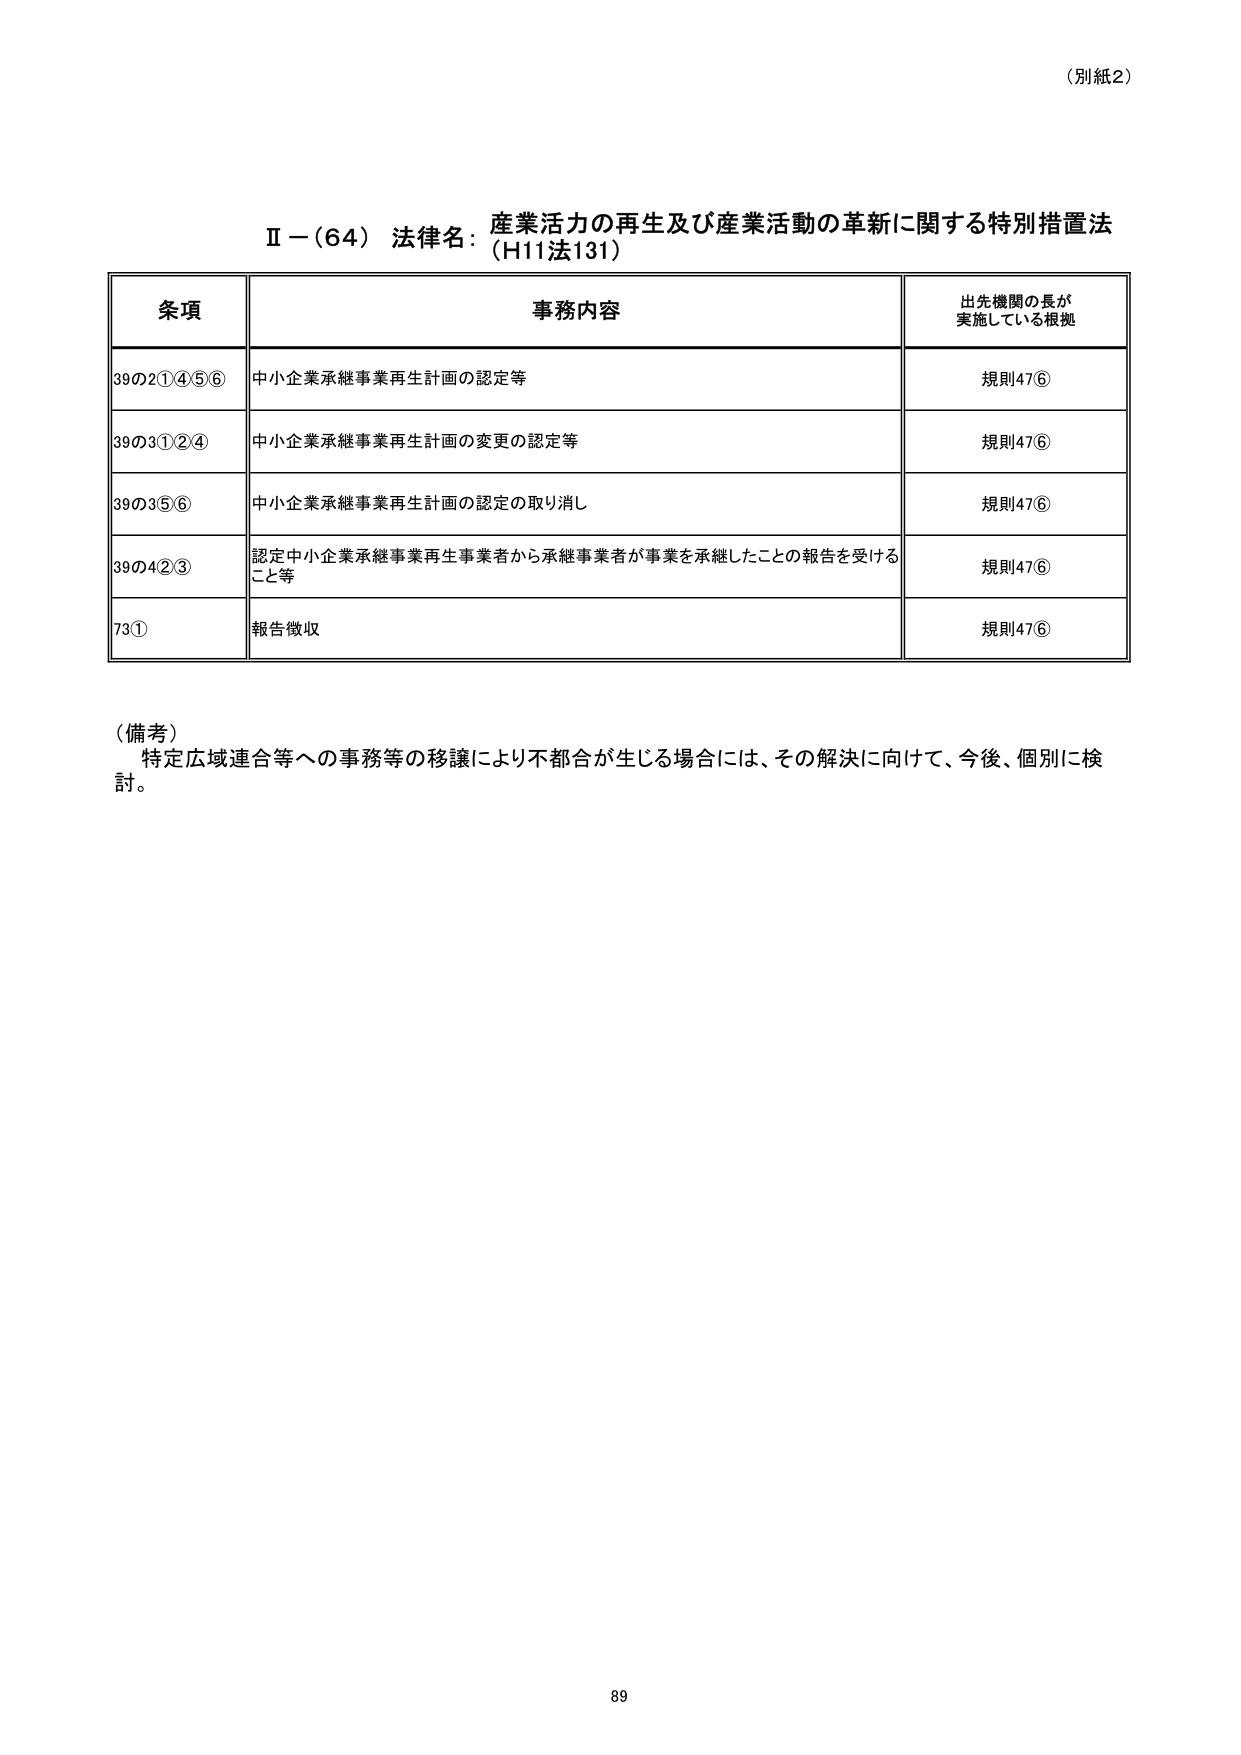
（別紙2）

Ⅱ－（64） 法律名：産業活力の再生及び産業活動の革新に関する特別措置法
（H11法131）

条項 事務内容 出先機関の長が
実施している根拠

39の2①④⑤⑥ 中小企業承継事業再生計画の認定等 規則47⑥

39の3①②④ 中小企業承継事業再生計画の変更の認定等 規則47⑥

39の3⑤⑥ 中小企業承継事業再生計画の認定の取り消し 規則47⑥

39の4②③ 認定中小企業承継事業再生事業者から承継事業者が事業を承継したことの報告を受ける
こと等 規則47⑥

73① 報告徴収 規則47⑥

（備考）
特定広域連合等への事務等の移譲により不都合が生じる場合には、その解決に向けて、今後、個別に検討。

89